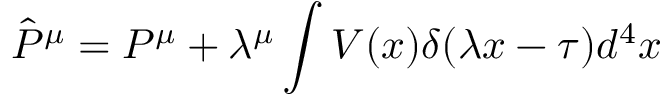
{ \hat { P } } ^ { \mu } = P ^ { \mu } + \lambda ^ { \mu } \int V ( x ) \delta ( \lambda x - \tau ) d ^ { 4 } x